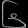
Digit: ၆